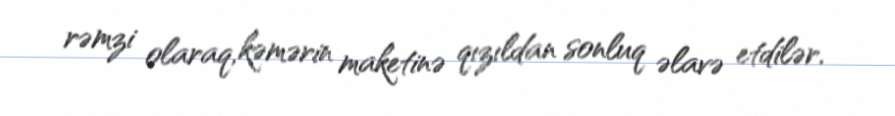
rəmzi olaraq, kəmərin maketinə qızıldan sonluq əlavə etdilər.